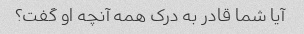
آیا شما قادر به درک همه آنچه او گفت؟